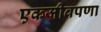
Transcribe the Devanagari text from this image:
एकजीवपणा